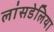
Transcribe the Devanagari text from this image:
लांसडेलिया